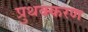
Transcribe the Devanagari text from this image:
प्रुथक्करण